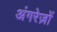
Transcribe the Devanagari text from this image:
अंगरेज़ों